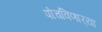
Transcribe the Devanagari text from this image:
पोचविणार्‍या